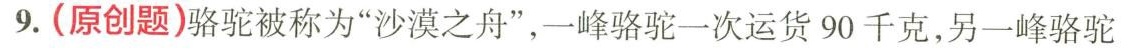
9.(原创题)骆驼被称为”沙漠之舟”，一峰骆驼一次运货90千克，另一峰骆驼